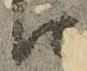
江